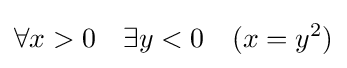
\forall x>0\quad \exists y<0\quad (x=y^{2})